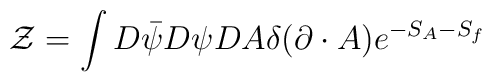
{\cal Z}=\int D\bar \psi D\psi DA \delta(\partial \cdot A) e^{-S_A-S_f}